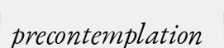
precontemplation